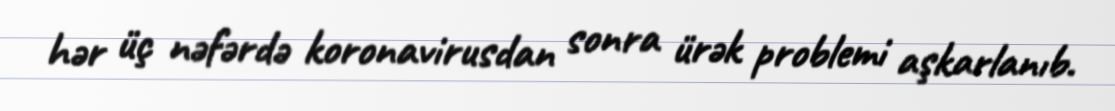
hər üç nəfərdə koronavirusdan sonra ürək problemi aşkarlanıb.